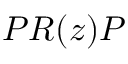
P R ( z ) P